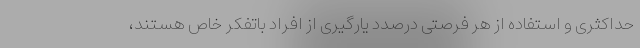
حداکثری و استفاده از هر فرصتی درصدد یارگیری از افراد باتفکر خاص هستند،